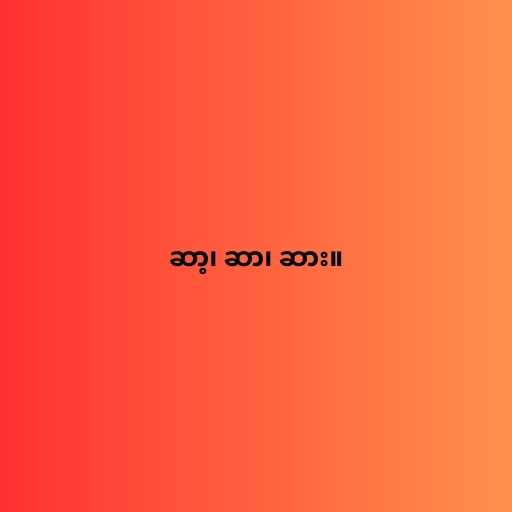
ဆာ့၊ ဆာ၊ ဆား။